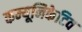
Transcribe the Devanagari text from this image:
कम्यूनिकेटिव